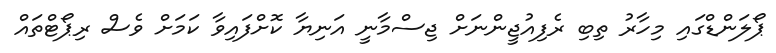
ޕޯލަންޑްގައި މިހާރު ތިބި ރެފިއުޖީންނަށް ޖިސްމާނީ އަނިޔާ ކޮށްފައިވާ ކަމަށް ވެސް ރިޕޯޓްތައް